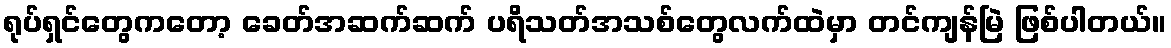
ရုပ်ရှင်တွေကတော့ ခေတ်အဆက်ဆက် ပရိသတ်အသစ်တွေလက်ထဲမှာ တင်ကျန်မြဲ ဖြစ်ပါတယ်။